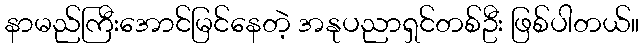
နာမည်ကြီးအောင်မြင်နေတဲ့ အနုပညာရှင်တစ်ဦး ဖြစ်ပါတယ်။